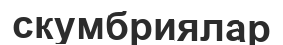
скумбриялар